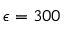
\epsilon = 3 0 0